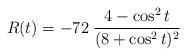
LaTeX: \begin{align*}R(t)=-72\; \frac{4-\cos^2 t }{(8+\cos^2 t )^2}\end{align*}